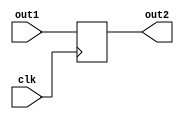
module low (
    input wire clk,
    input wire[3:0] out1,
    output reg[3:0] out2
);

    always @(posedge clk) begin
        out2 <= out1;
    end

endmodule